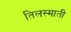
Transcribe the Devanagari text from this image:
तिलस्माती